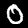
Label: 0